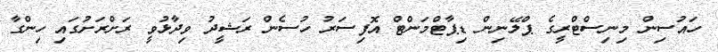
ހައުސިން މިނިސްޓްރީގެ ޕްލޭނިން ޑިޕާޓްމަންޓް އޮފިސަރު ހުސެން ރަޝީދު ވިދާޅުވީ ރަށްރަށުގައި ހިންގާ